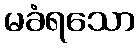
မခံရသော